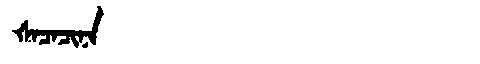
Manchu: ᡧᠠᠴᠠᠴᡳᠨᠠ
Romanization: ŠACACINA